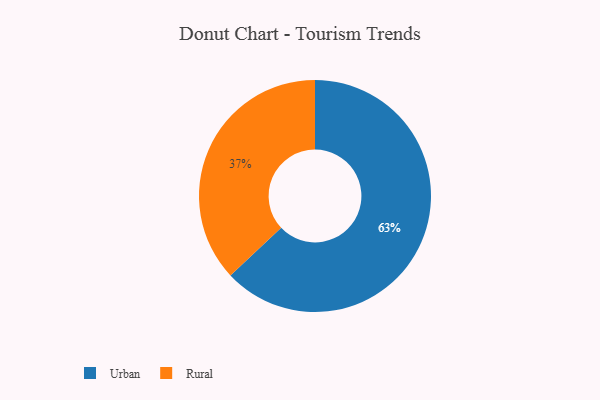
{"axis": {"x": "Category", "y": "Percentage"}, "legend": ["Rural", "Urban"], "data": [{"x": "Rural", "y": 37, "type": "Rural"}, {"x": "Urban", "y": 63, "type": "Urban"}]}